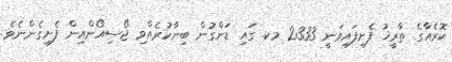
ކޮރެއާގެ ތާރީޚު ފެށިފައިވަނީ 2333 މކ. ގައި ޑަންގުން ބިިނާކުރެއްވި ޖޯސިއޯންއިން ފެށިގެންނެވެ.